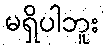
မရှိပါဘူး